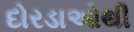
દોરડાઓથી